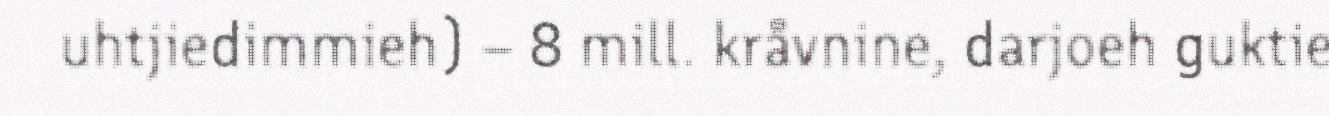
uhtjiedimmieh) – 8 mill. kråvnine, darjoeh guktie